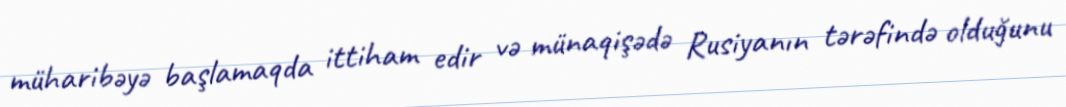
müharibəyə başlamaqda ittiham edir və münaqişədə Rusiyanın tərəfində olduğunu